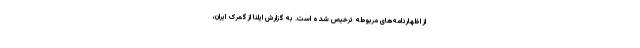
از اظهارنامه‌های مربوطه ترخیص شده است. به گزارش ایلنا از گمرک ایران،